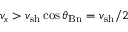
v _ { x } > v _ { \mathrm { { s h } } } \cos \theta _ { \mathrm { B n } } = v _ { \mathrm { { s h } } } / 2